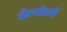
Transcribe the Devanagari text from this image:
हँडबॉलचे